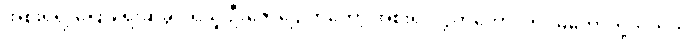
အစိုးရရဲ့ ပြောရေးဆိုခွင့် ရှိသူ ဦးဇော်ဌေးကတော့ အစိုးရ၊ လွှတ်တော်၊ တပ်မတော်တို့ဘက်က